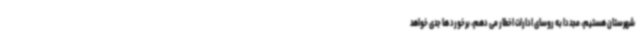
شهرستان هستیم، مجددا به روسای ادارات اخطار می دهم، برخورد ها جدی خواهد